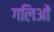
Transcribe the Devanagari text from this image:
गलिओं